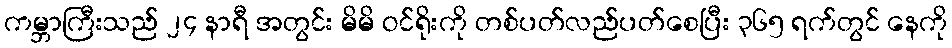
ကမ္ဘာကြီးသည် ၂၄ နာရီ အတွင်း မိမိ ဝင်ရိုးကို တစ်ပတ်လည်ပတ်စေပြီး ၃၆၅ ရက်တွင် နေကို